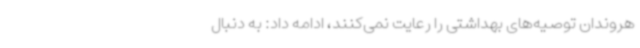
هروندان توصیه‌های بهداشتی را رعایت نمی‌کنند، ادامه داد: به دنبال